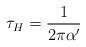
LaTeX: \begin{align*}\tau_H = \frac{1}{2\pi\alpha'}\end{align*}